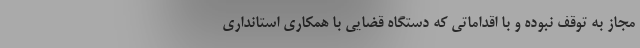
مجاز به توقف نبوده و با اقداماتی که دستگاه قضایی با همکاری استانداری